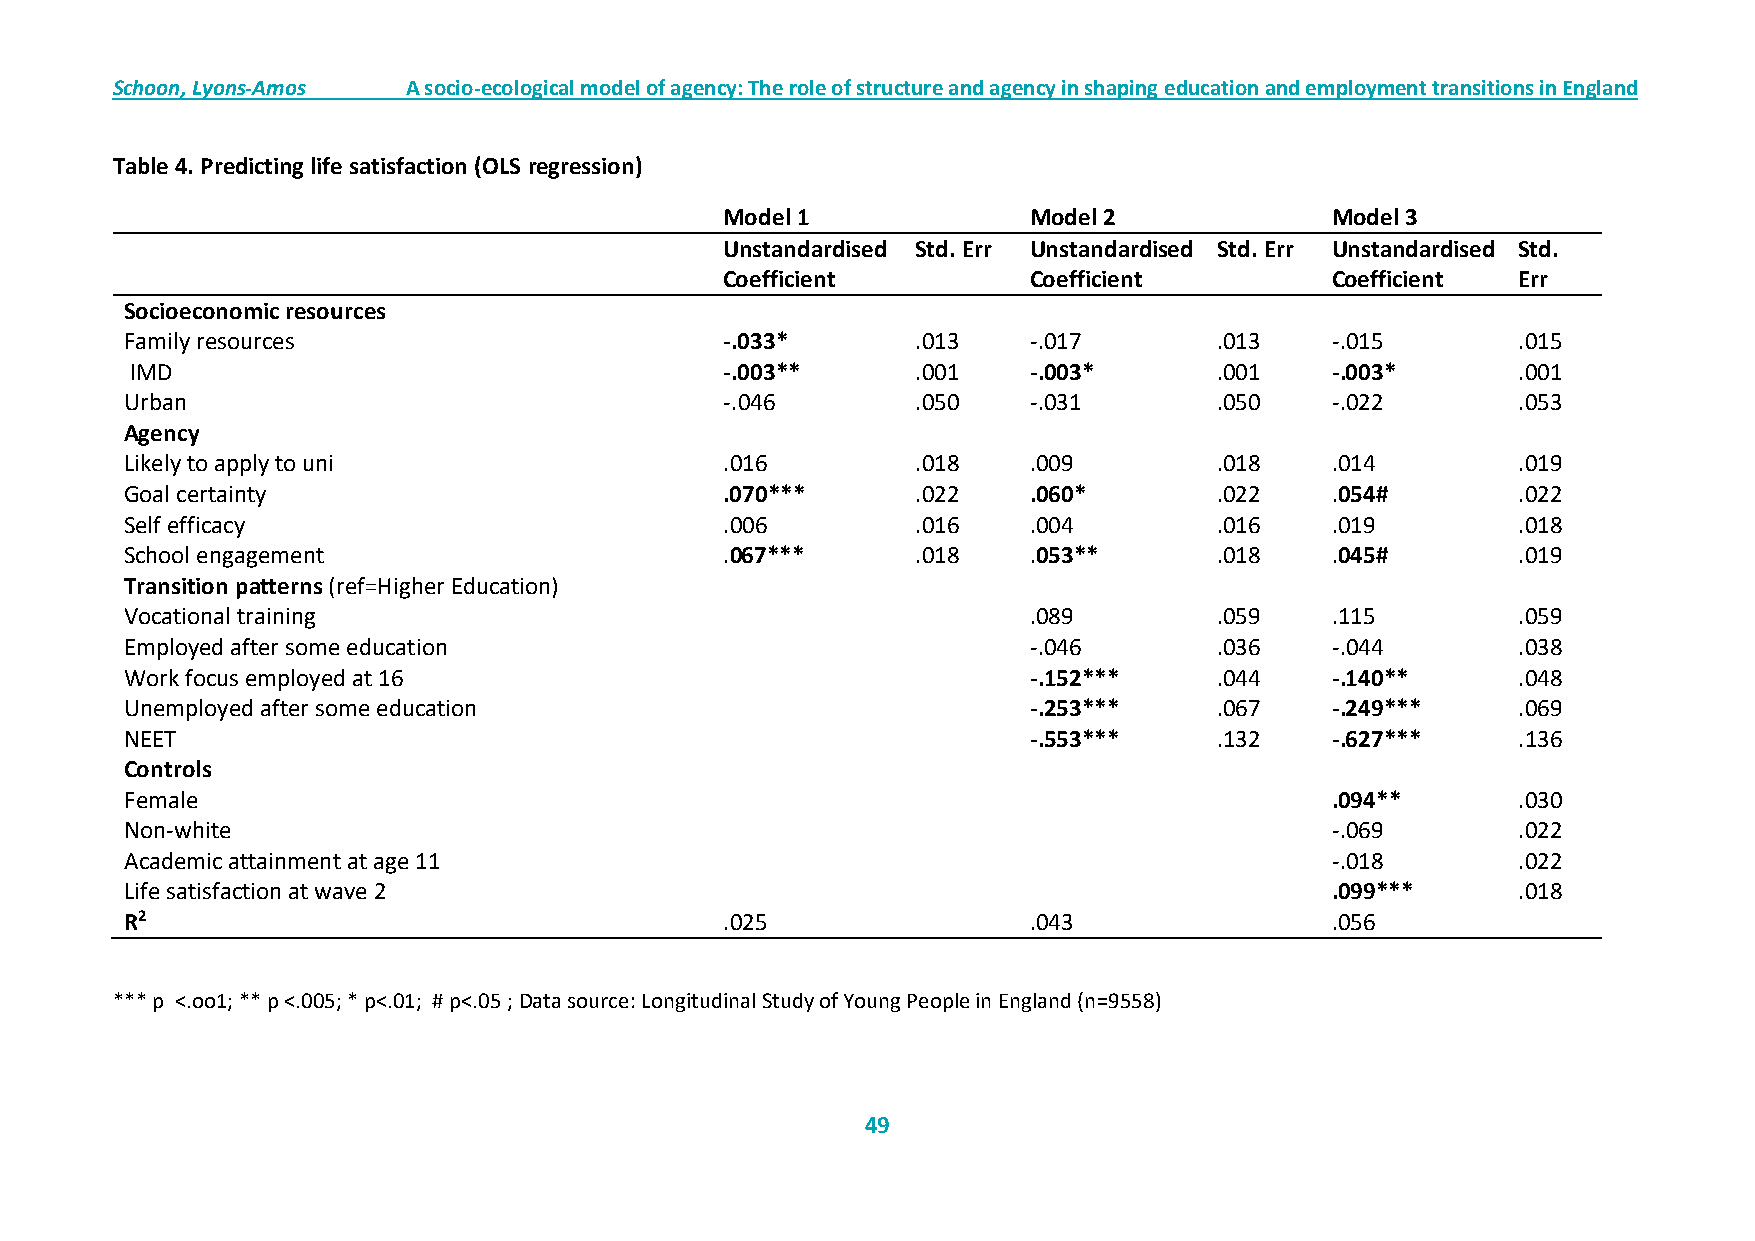
Schoon, Lyons-Amos  A socio-ecological model of agency: The role of structure and agency in shaping education and employment transitions in England
 Table 4. Predicting life satisfaction (OLS regression)
 Model 1             Model 2             Model 3
 Unstandardised Std. Err Unstandardised Std. Err Unstandardised Std.
 Coefficient         Coefficient         Coefficient Err
 Socioeconomic resources
 Family resources                        -.033*       .013   -.017        .013   -.015       .015
 IMD                                    -.003**      .001   -.003*       .001   -.003*      .001
 Urban                                   -.046        .050   -.031        .050   -.022       .053
 Agency
 Likely to apply to uni                  .016         .018   .009         .018   .014        .019
 Goal certainty                          .070***      .022   .060*        .022   .054#       .022
 Self efficacy                           .006         .016   .004         .016   .019        .018
 School engagement                       .067***      .018   .053**       .018   .045#       .019
 Transition patterns (ref=Higher Education)
 Vocational training                                         .089         .059   .115        .059
 Employed after some education                               -.046        .036   -.044       .038
 Work focus employed at 16                                   -.152***     .044   -.140**     .048
 Unemployed after some education                             -.253***     .067   -.249***    .069
 NEET                                                        -.553***     .132   -.627***    .136
 Controls
 Female                                                                          .094**      .030
 Non-white                                                                       -.069       .022
 Academic attainment at age 11                                                   -.018       .022
 Life satisfaction at wave 2                                                     .099***     .018
 R2                                      .025                .043                .056
 *** p <.oo1; ** p <.005; * p<.01; # p<.05 ; Data source: Longitudinal Study of Young People in England (n=9558)
 49